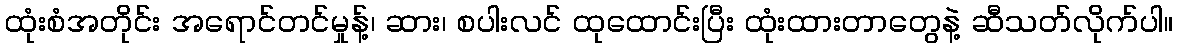
ထုံးစံအတိုင်း အရောင်တင်မှုန့်၊ ဆား၊ စပါးလင် ထုထောင်းပြီး ထုံးထားတာတွေနဲ့ ဆီသတ်လိုက်ပါ။